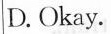
D. Okay.